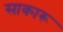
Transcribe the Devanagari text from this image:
साकारू